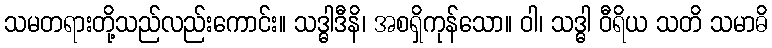
သမတရားတို့သည်လည်းကောင်း။ သဒ္ဓါဒီနိ၊ အစရှိကုန်သော။ ဝါ၊ သဒ္ဓါ ဝီရိယ သတိ သမာဓိ